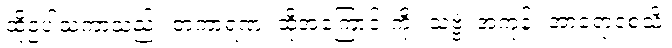
ထိုဥပါသကာသည်။ တံကာရဏံ၊ ထိုအကြောင်းကို။ သဗ္ဗံ၊ အကုန်။ အာရောစေသိ၊